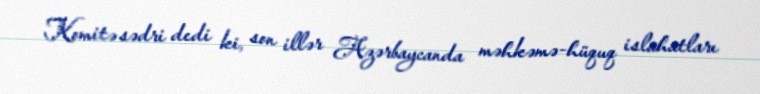
Komitə sədri dedi ki, son illər Azərbaycanda məhkəmə-hüquq islahatları